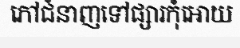
ភៅជំនាញទៅផ្សារកុំអោយ